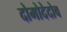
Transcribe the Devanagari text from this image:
दोमोदेदोव